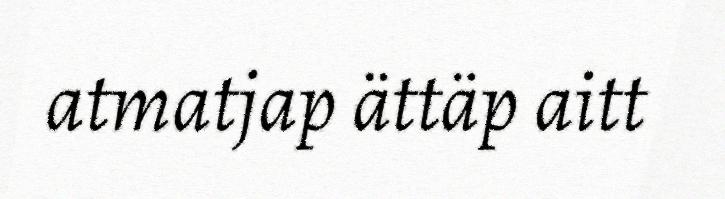
atmatjap ättäp aitt